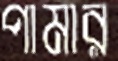
পামার